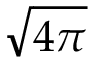
\sqrt { 4 \pi }